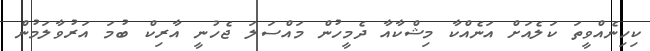
ކިހިނެއްވީތަ ކަލެއަށް އަނެއްކާ މިޝްކާއާ ދެމީހުން މައްސަލަ ޖެހުނީ އާރިކް ބުމަ އަރުވާލަމުން